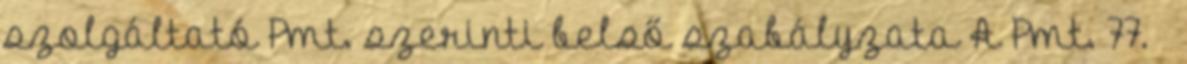
szolgáltató Pmt. szerinti belső szabályzata A Pmt. 77. §